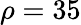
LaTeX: \rho=35